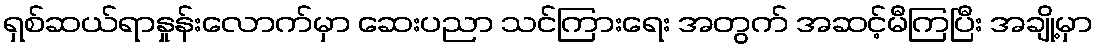
ရှစ်ဆယ်ရာနှုန်းလောက်မှာ ဆေးပညာ သင်ကြားရေး အတွက် အဆင့်မီကြပြီး အချို့မှာ